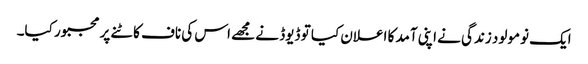
ایک نومولود زندگی نے اپنی آمد کا اعلان کیا تو ڈیوڈ نے مجھے اس کی ناف کاٹنے پر مجبور کیا۔